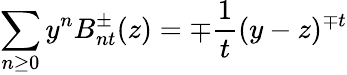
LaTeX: \sum_{n\geq 0}y^{n}B_{nt}^{\pm}(z)=\mp{\frac{1}{t}}(y-z)^{\mp t}